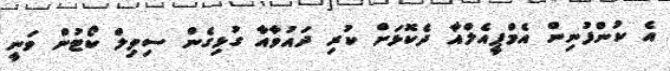
އެ ކުންފުނިން އެމްޕީއެލްއާ ދެކޮޅަށް ކުރި ދައުވާއާ ގުޅިގެން ސިވިލް ކޯޓުން ވަނީ